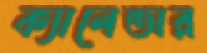
ক্যালেন্ডার